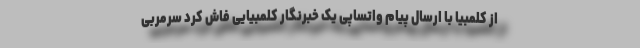
از کلمبیا با ارسال پیام واتساپی یک خبرنگار کلمبیایی فاش کرد سرمربی